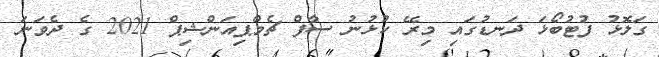
ގަލޮޅު ފުޓުބޯޅަ ދަނޑުގައި މިރޭ ކުޅުނު ސާފް ޗެމްޕިއަންޝިޕް 2021 ގެ ދެވަނަ